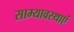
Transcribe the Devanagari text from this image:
साम्यावस्थाएं